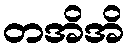
တအိအိ